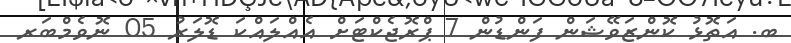
ބ. އަތޮޅު ކޮންޒަވޭޝަން ފަންޑުން 7 ޕްރޮޖެކްޓަށް އެއްލައްކަ ޑޮލަރު 05 ނޮވެމްބަރ